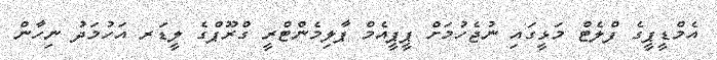
އެމްޑީޕީގެ ފްލެޓް މަޅީގައި ނުޖެހުމަށް ޕީޕީއެމް ޕާލިމެންޓްރީ ގްރޫޕްގެ ލީޑަރ އަހުމަދު ނިހާން